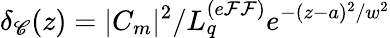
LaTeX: \delta_{\mathscr{C}}(z)=|C_{m}|^{2}/L_{q}^{(e\mathcal{F}\mathcal{F})}e^{-(z-a)^{2}/w^{2}}